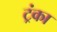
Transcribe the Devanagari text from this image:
ट्रंका